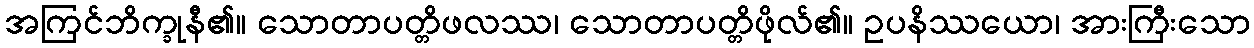
အကြင်ဘိက္ခုနီ၏။ သောတာပတ္တိဖလဿ၊ သောတာပတ္တိဖိုလ်၏။ ဥပနိဿယော၊ အားကြီးသော